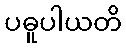
ပဓူပါယတိ